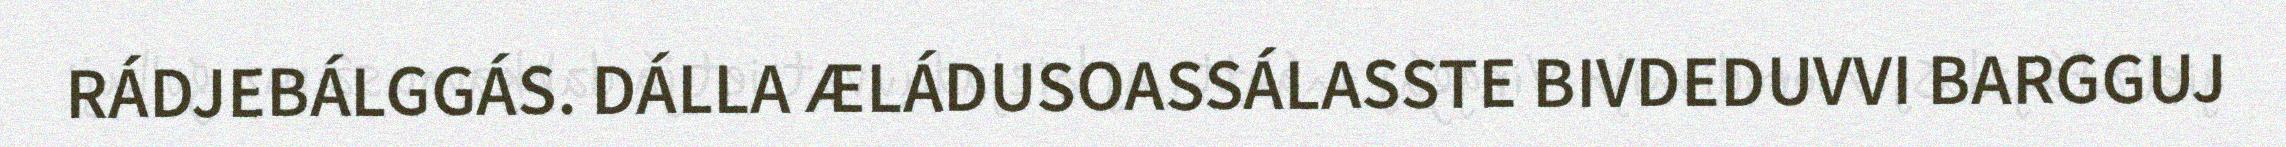
RÁDJEBÁLGGÁS. DÁLLA ÆLÁDUSOASSÁLASSTE BIVDEDUVVI BARGGUJ